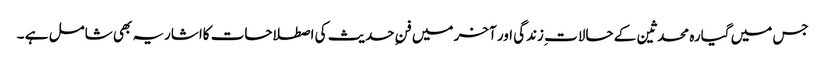
جس میں گیارہ محدثین کے حالات ِزندگی اور آخر میں فنِ حدیث کی اصطلاحات کااشاریہ بھی شامل ہے ۔